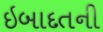
ઇબાદતની